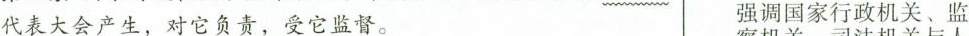
代表大会产生，对它负责，受它监督。强调国家行政机关、监